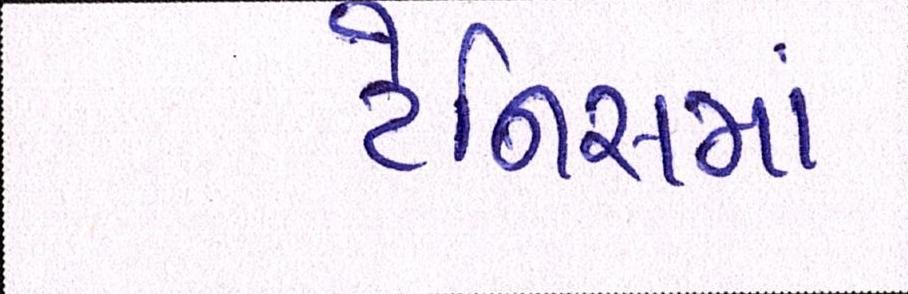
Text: ટેનિસમાં